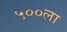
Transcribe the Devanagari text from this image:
५००ला